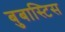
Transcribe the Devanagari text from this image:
बुबास्टिस